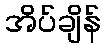
အိပ်ချိန်